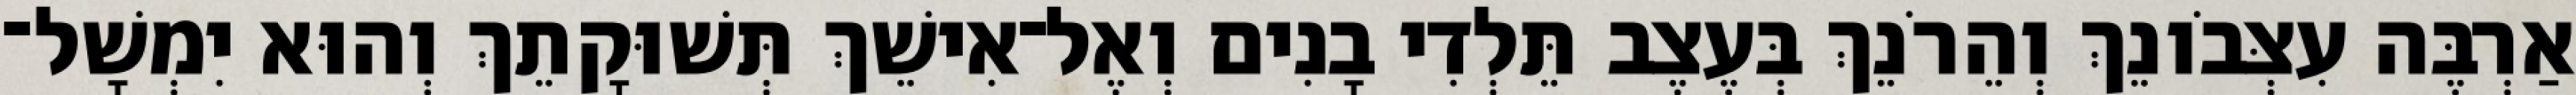
אַרְבֶּה עִצְּבֹונֵךְ וְהֵרֹנֵךְ בְּעֶצֶב תֵּלְדִי בָנִים וְאֶל־אִישֵׁךְ תְּשׁוּקָתֵךְ וְהוּא יִמְשָׁל־